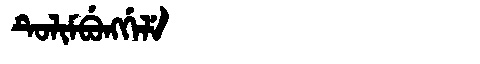
Manchu: ᡨᡠᠯᡳᠮᠪᡠᠩᡤᡝᠯᡝ
Romanization: TULIMBUNGGELE